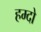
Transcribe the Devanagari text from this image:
हम्दो